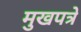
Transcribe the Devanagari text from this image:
मुखपत्रे